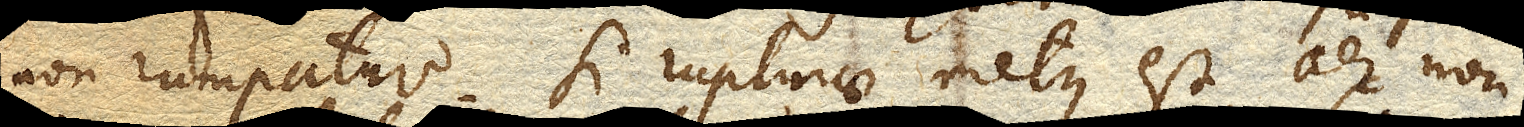
non rumpatur. Si rupturae metus est, aer non